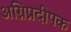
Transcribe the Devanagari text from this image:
अग्निप्रदीपक